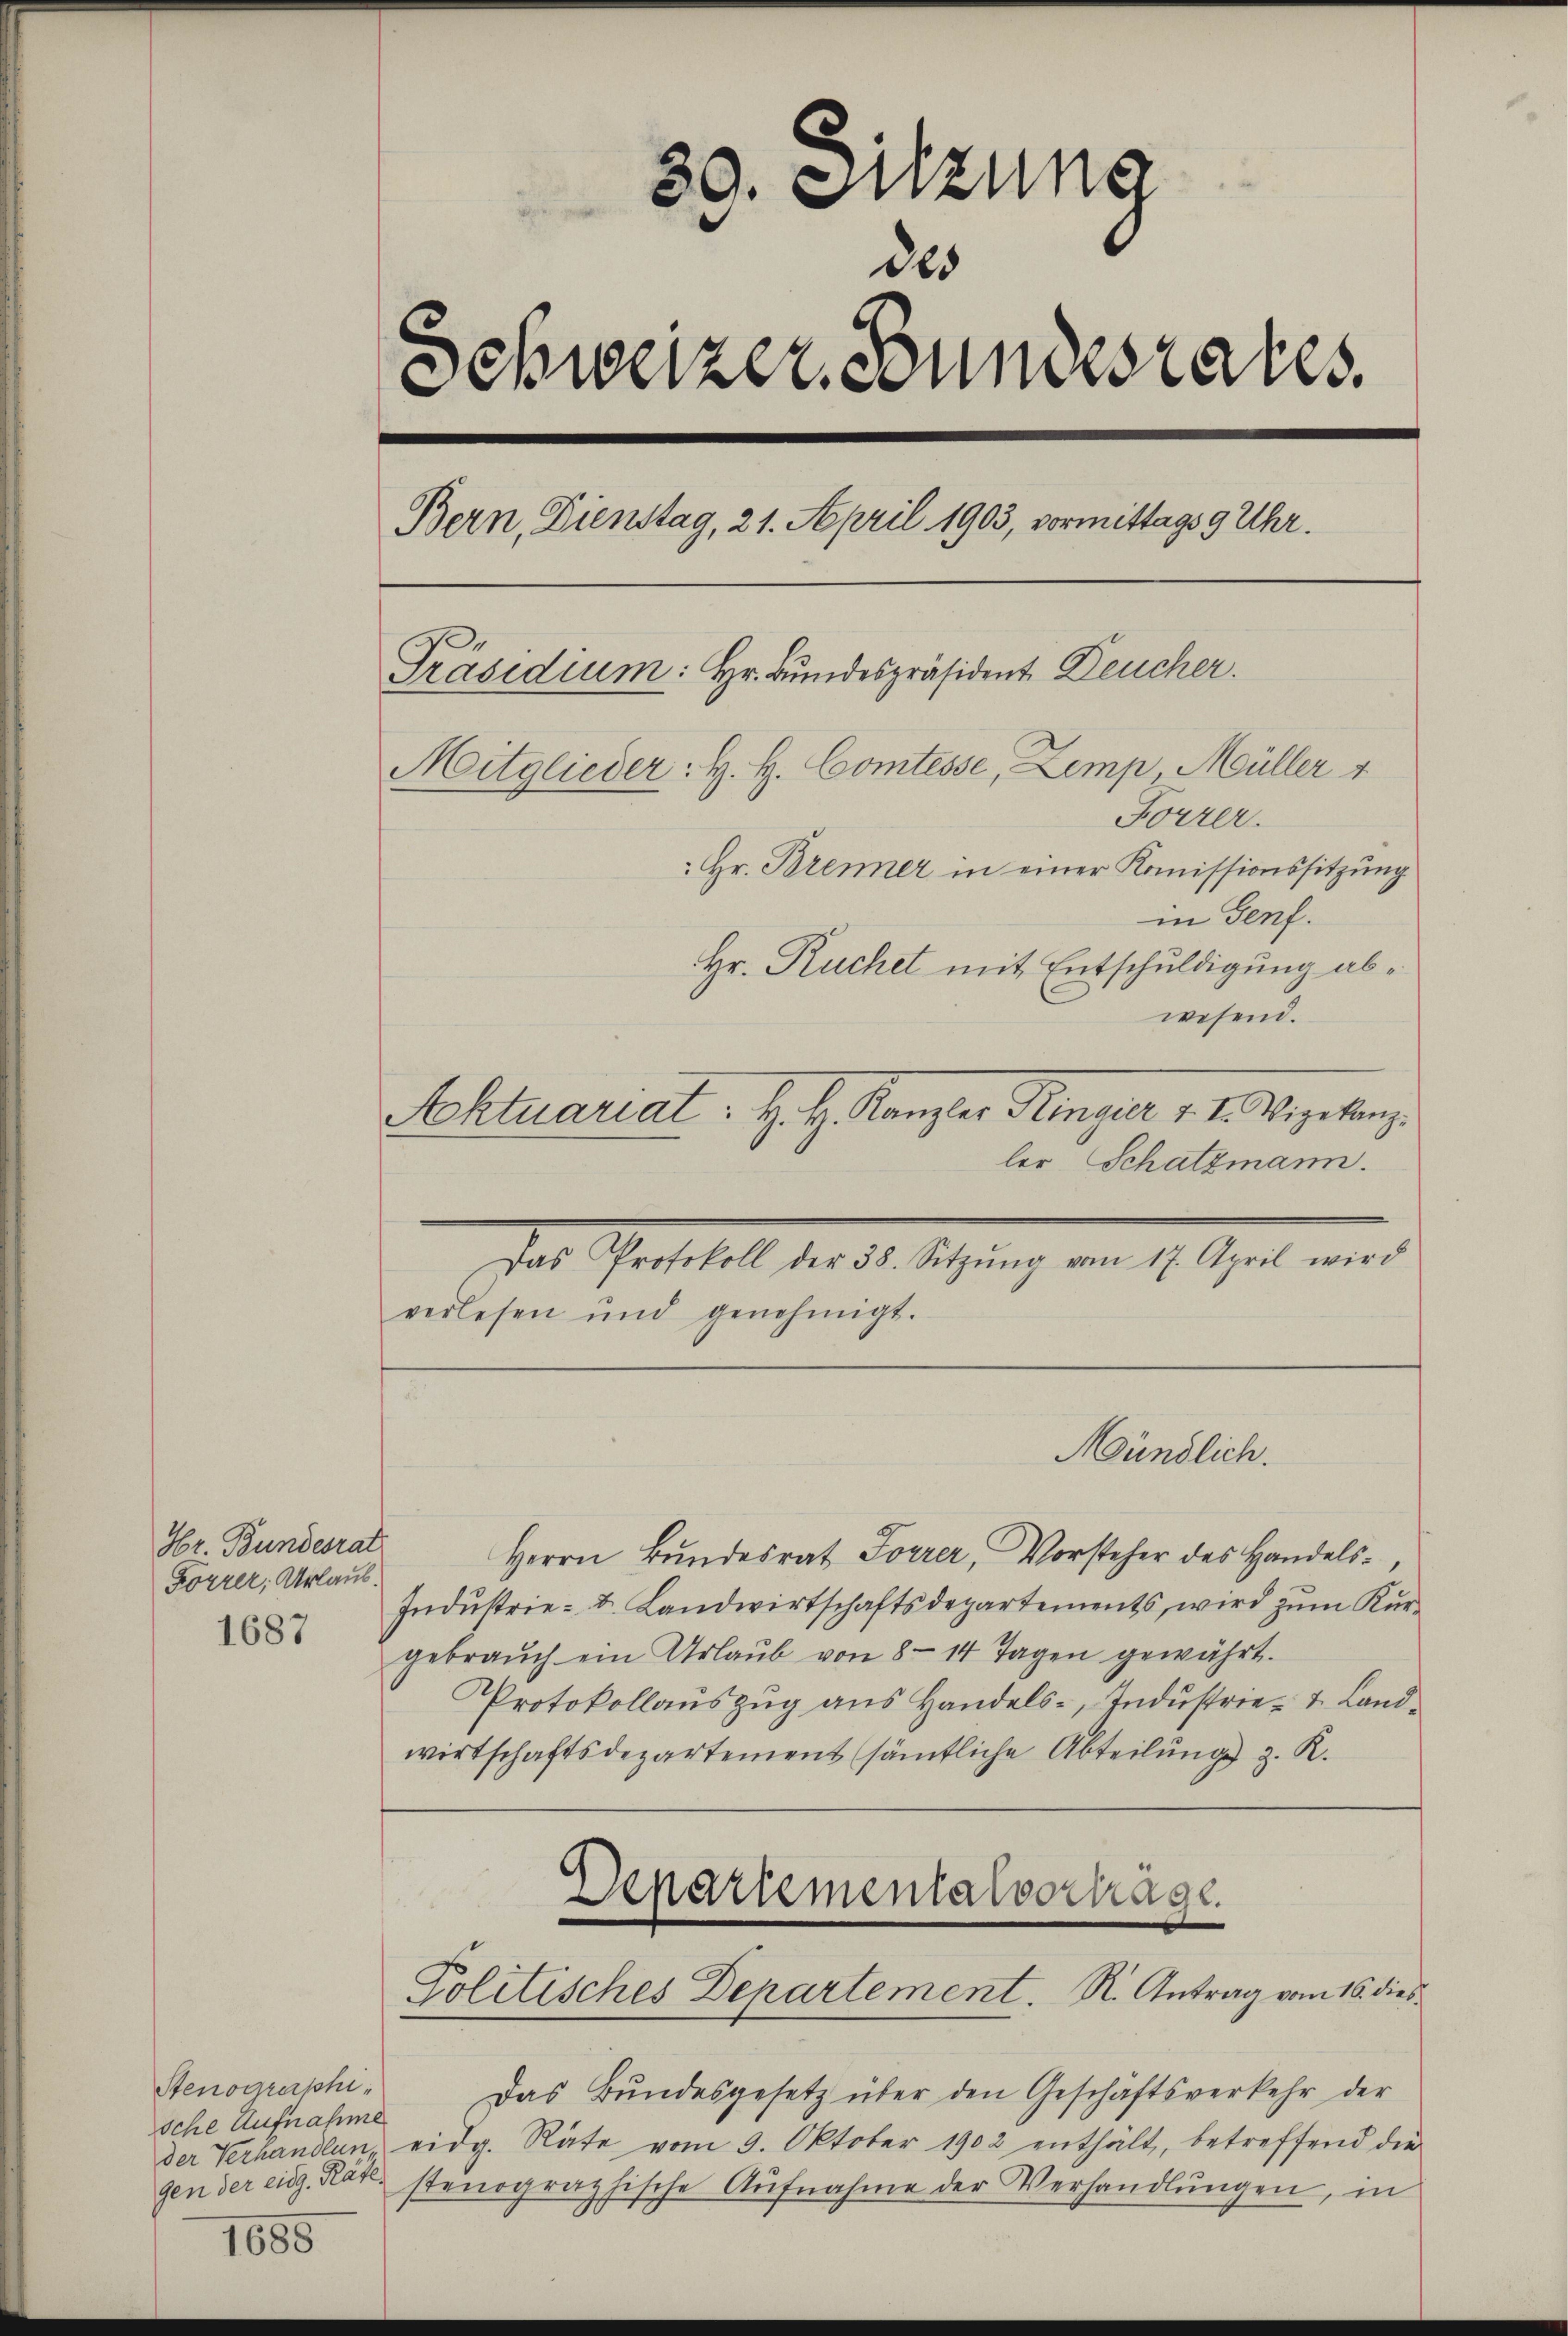
Hr. Bundesrat
Forrer, Urlaub.
1687

Stenographische Aufnahme

1685

39. Sitzung
des
Schweizer Stundesrates.
Bern, Dienstag, 21. April 1903, vormittags 9 Uhr.
Präsidium: Hr. Bundespräsident Deucher.
Mitglieder: H. H. Comtesse, Zemp, Müller +
Forrer.
Hr. Brenner in einer Komissionssitzung
in Genf.
Hr. Ruchet mit Entschuldigung abwesend.
Aktuariat. H. H. Kanzler Klinger v. 1. Weigelang

Herrn Bŭndesrat Forrer, Vorsteher des Handels¬
Industrie - Dr. Landwirtschaftsdepartements, wird zum Kurgebraŭch ein Urlaŭb von 8 - 14 Tagen gewährt.
Protokollaŭszŭg ans Handels-, Indŭstrie- 4. Landwirtschaftsdepartement sämtliche Abteilung z. R.
Departementalvertrage.
d

ler Schatzmann.
Das Protokoll der 21. Setzung vom 19. Seit wird
verlesen und genehmigt.

Politisches Departement. R. Antrag vom 16. dies

Mündlich.

Das Bundesgesetz über den Geschäftsverkehr der
der Verhandlen eidg. Räte vom 9. Oktober 1902 enthält, betreffend die
gen der eid. Kar. stenographische Aŭfnahme der Verhandlŭngen, in